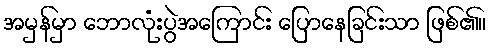
အမှန်မှာ ဘောလုံးပွဲအကြောင်း ပြောနေခြင်းသာ ဖြစ်၏။